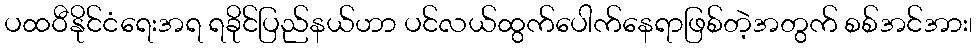
ပထဝီနိုင်ငံရေးအရ ရခိုင်ပြည်နယ်ဟာ ပင်လယ်ထွက်ပေါက်နေရာဖြစ်တဲ့အတွက် စစ်အင်အား၊